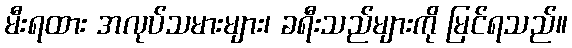
မီးရထား အလုပ်သမားများ၊ ခရီးသည်များကို မြင်ရသည်။